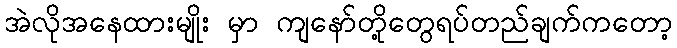
အဲလိုအနေထားမျိုး မှာ ကျနော်တို့တွေရပ်တည်ချက်ကတော့